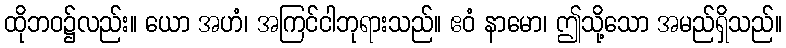
ထိုဘဝ၌လည်း။ ယော အဟံ၊ အကြင်ငါဘုရားသည်။ ဧဝံ နာမော၊ ဤသို့သော အမည်ရှိသည်။